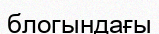
блогындағы